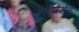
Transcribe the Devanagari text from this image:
लुफ्तवेर्केर्स